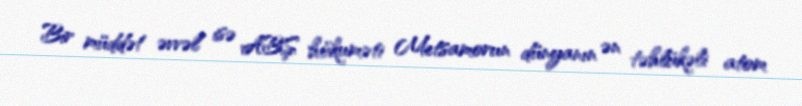
Bir müddət əvvəl isə ABŞ hökuməti Metsamorun dünyanın ən təhlükəli atom